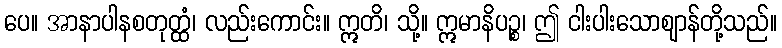
ပေ။ အာနာပါနစတုတ္ထံ၊ လည်းကောင်း။ ဣတိ၊ သို့။ ဣမာနိပဉ္စ၊ ဤ ငါးပါးသောဈာန်တို့သည်။